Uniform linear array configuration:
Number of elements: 4
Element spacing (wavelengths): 0.5
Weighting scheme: kaiser
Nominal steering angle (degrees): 45
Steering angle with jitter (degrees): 44.529
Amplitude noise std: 0.05
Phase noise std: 0.05

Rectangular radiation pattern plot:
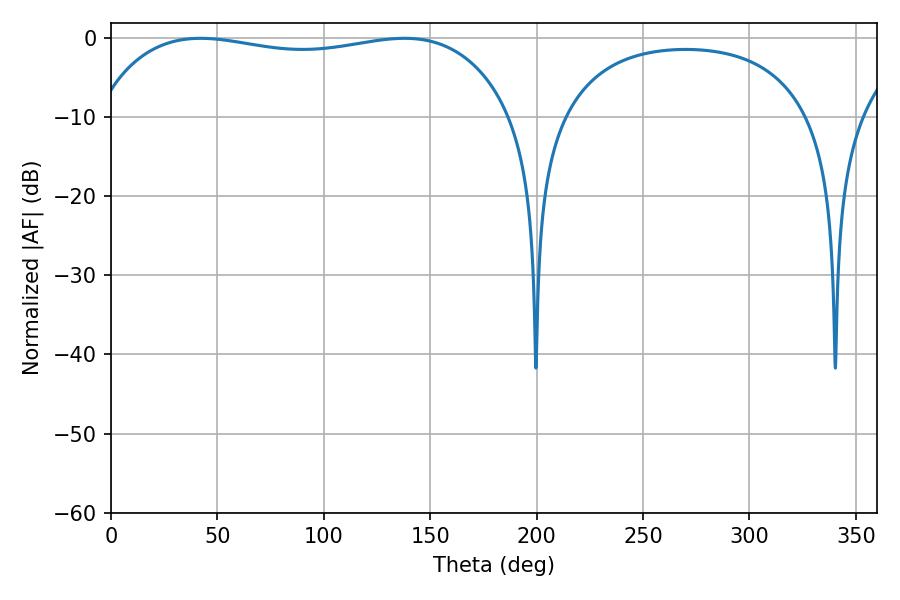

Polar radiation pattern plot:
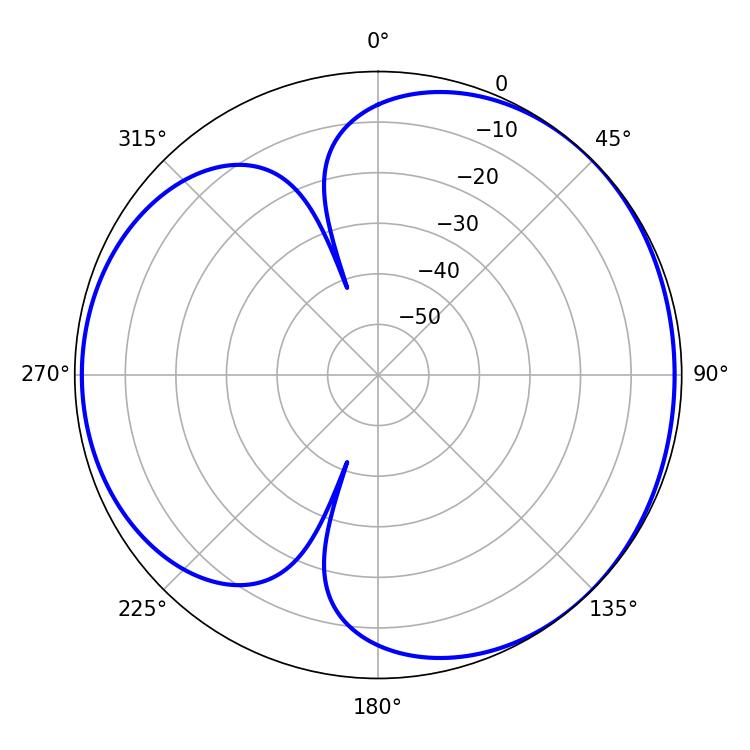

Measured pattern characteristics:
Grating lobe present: FALSE
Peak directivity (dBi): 3.993
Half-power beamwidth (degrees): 157.68
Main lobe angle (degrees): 42.12